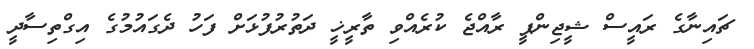
ޗައިނާގެ ރައީސް ޝީޖިންޕީ ރާއްޖެ ކުރެއްވި ތާރީޚީ ދަތުރުފުޅަށް ފަހު ދެގައުމުގެ އިގްތިސާދީ